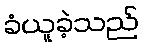
ခံယူခဲ့သည်